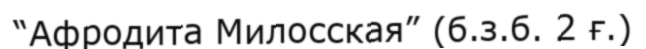
“Афродита Милосская” (б.з.б. 2 ғ.)